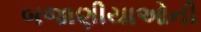
બજાણીયાઓની